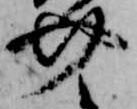
介